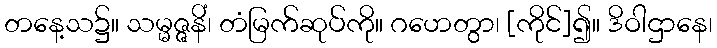
တနေ့သ၌။ သမ္မဇ္ဇနိံ၊ တံမြက်ဆုပ်ကို။ ဂဟေတွာ၊ [ကိုင်]၍။ ဒိဝါဌာနေ၊